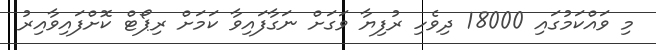
މި ވައްކަމުގައި 18000 ދިވެހި ރުފިޔާ ވަގަށް ނަގާފައިވާ ކަމަށް ރިޕޯޓް ކޮށްފައިވާއިރު